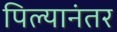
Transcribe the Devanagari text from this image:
पिल्यानंतर